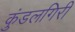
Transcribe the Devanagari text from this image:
कुंडलगिरी